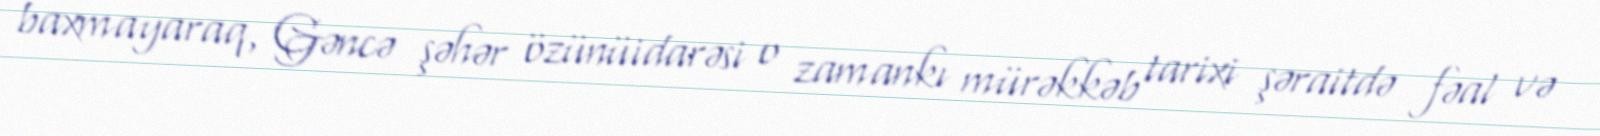
baxmayaraq, Gəncə şəhər özünüidarəsi o zamankı mürəkkəb tarixi şəraitdə fəal və